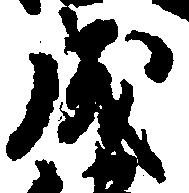
成